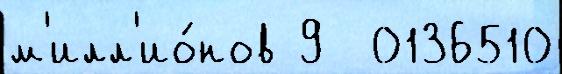
м'илл'ио́нов 9  0136510